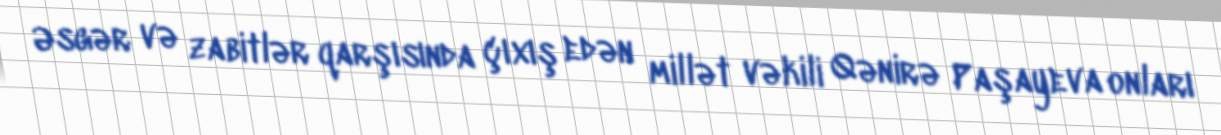
Əsgər və zabitlər qarşısında çıxış edən millət vəkili Qənirə Paşayeva onları